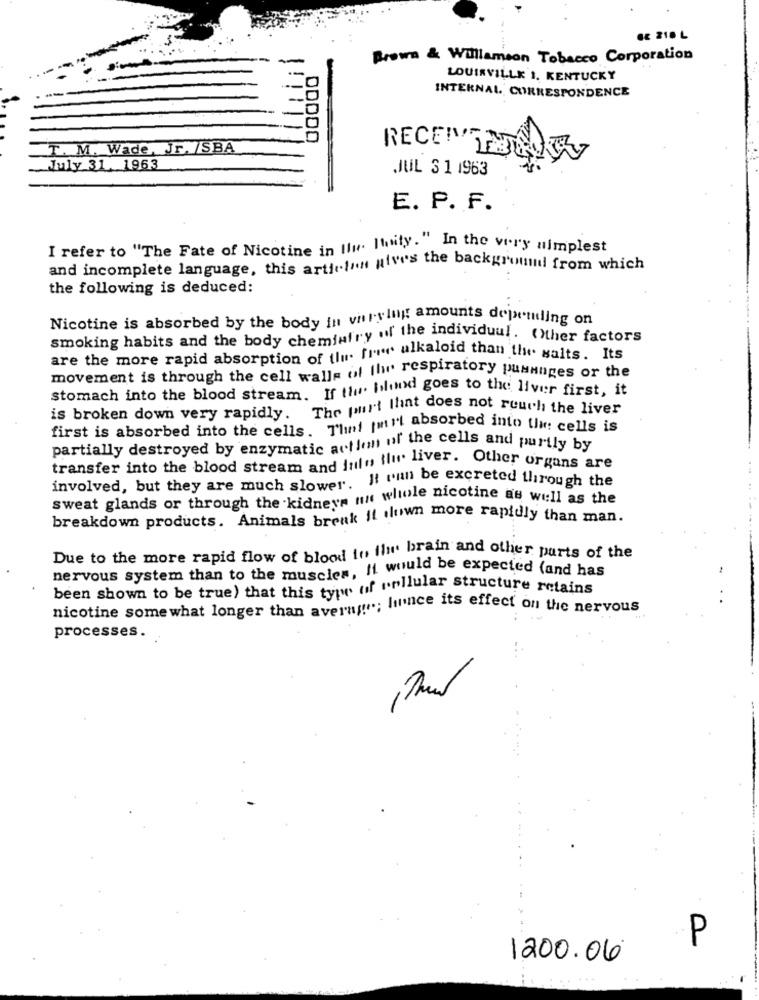
.E 218 L
Prowa & Williamson Tobacco Corporation
LOUISVILLE 1. KENTUCKY
INTERNAL CORRESPONDENCE
T. M. Wade, Jr. /SBA
July 31 1963
JUL 3 1 1963
E. P. F.
I refer to "The Fate of Nicotine in Iii. Itnity." In the very simplest
and incomplete language, this artifin wives the background from which
the following is deduced:
Nicotine is absorbed by the body in virylug amounts depending on
smoking habits and the body chemistry of the individual. ()ther factors
are the more rapid absorption of the fire alkaloid than the salts. Its
movement is through the cell walls of the respiratory pusanges or the
stomach into the blood stream. If the pond goes to the liver first, it
is broken down very rapidly. The purt flint does not reuch the liver
first is absorbed into the cells. That (mit absorbed into t cells is
partially destroyed by enzymatic action of the cells and purtly by
transfer into the blood stream and jul" ti liver. Other organs are
involved, but they are much slower. It 'in be excreted through the
sweat glands or through the kidneys mit whole nicotine as well as the
breakdown products. Animals break it own more rapidly than man.
Due to the more rapid flow of blood to the brain and other parts of the
nervous system than to the muscles, It would be expected (and has
been shown to be true) that this type of irilular structure retains
nicotine somewhat longer than avery"; hince its effect on the nervous
processes.
P
1200.06